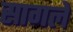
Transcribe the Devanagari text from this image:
सागले